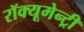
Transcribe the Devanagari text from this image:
रॉक्यूमेन्ट्री